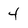
Character: 4